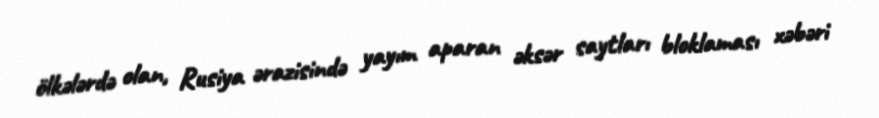
ölkələrdə olan, Rusiya ərazisində yayım aparan əksər saytları bloklaması xəbəri